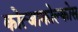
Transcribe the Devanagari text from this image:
कोत्जाकोल्कोस